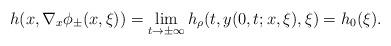
LaTeX: \begin{align*}h(x,\nabla_x\phi_\pm(x,\xi))=\lim_{t\to\pm\infty} h_\rho(t,y(0,t;x,\xi),\xi)=h_0(\xi).\end{align*}